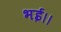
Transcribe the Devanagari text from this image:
भई।।